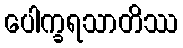
ပေါက္ခရသာတိဿ